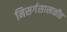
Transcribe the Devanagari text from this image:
निसर्गसाखळीत